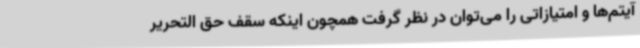
آیتم‌ها و امتیازاتی را می‌توان در نظر گرفت همچون اینکه سقف حق التحریر